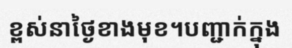
ខ្ពស់នាថ្ងៃខាងមុខ។បញ្ជាក់ក្នុង